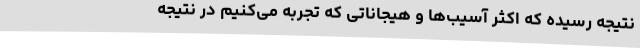
نتیجه رسیده‌ که اکثر آسیب‌ها و هیجاناتی که تجربه می‌کنیم در نتیجه